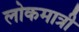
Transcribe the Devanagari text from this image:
लोकमात्री